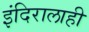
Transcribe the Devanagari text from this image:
इंदिरालाही